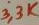
Text: 3,3K